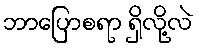
ဘာပြောစရာ ရှိလို့လဲ